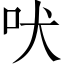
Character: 吠